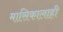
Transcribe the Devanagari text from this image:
मासिकालाही